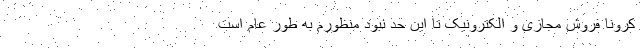
کرونا فروش مجازی و الکترونیک تا این حد نبود منظورم به طور عام است